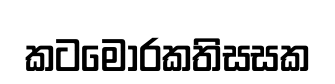
කටමොරකතිසසක